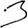
Digit: 3